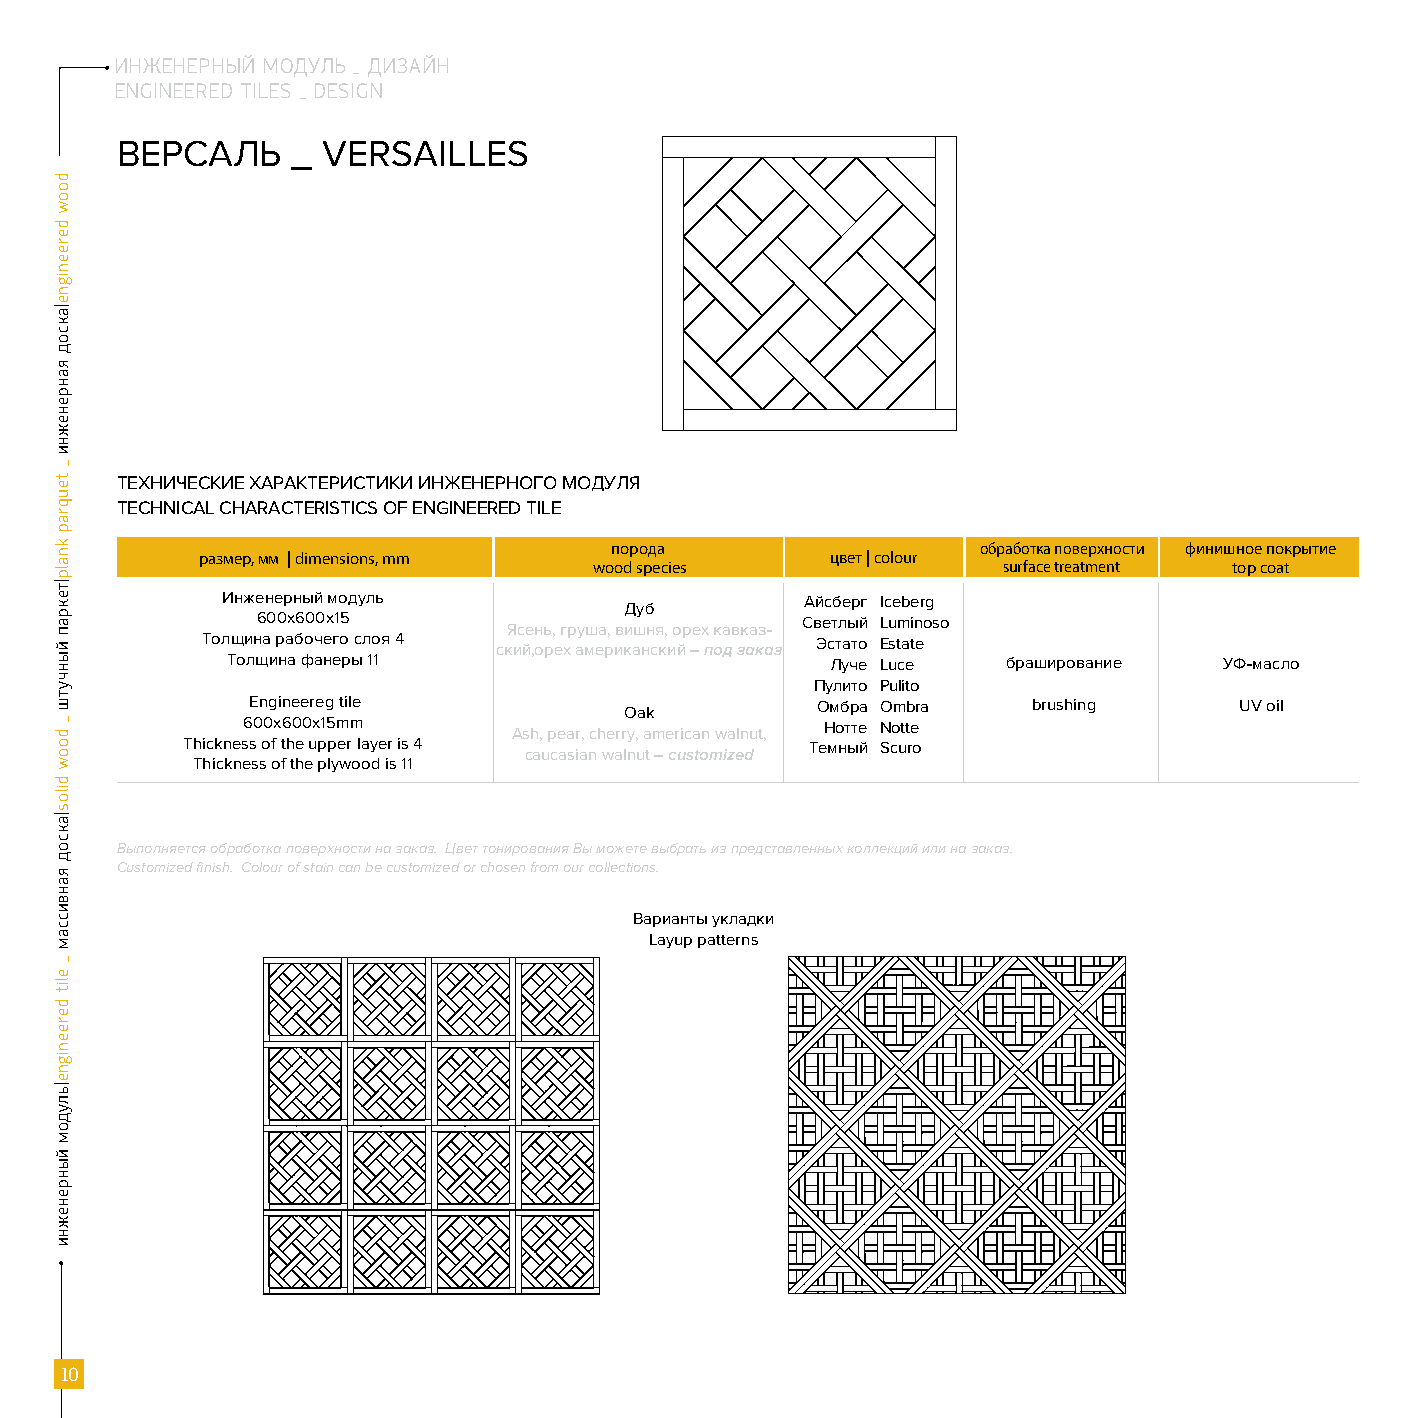
ИНЖЕНЕРНЫЙ МОДУЛЬ _ ДИЗАЙН
 ENGINEERED TILES _ DESIGN
 ВЕРСАЛЬ    _ VERSAILLES
 ТЕХНИЧЕСКИЕ ХАРАКТЕРИСТИКИ ИНЖЕНЕРНОГО МОДУЛЯ
 TECHNICAL CHARACTERISTICS OF ENGINEERED TILE
 порода                   обработка поверхности финишное покрытие
 размер, мм | dimensions, mm               цвет | colour
 wood species               surface treatment top coat
 Инженерный модуль                     Айсберг Iceberg
 Дуб
 600х600х15                          Светлый Luminoso
 Ясень, груша, вишня, орех кавказ-
 Толщина рабочего слоя 4                  Эстато Еstate
 ский,орех американский – под заказ
 Толщина фанеры 11                       Луче Luce   браширование  УФ-масло
 Пулито Pulito
 Engineereg tile                      Омбра Ombra   brushing      UV oil
 Oak
 600х600х15mm                           Нотте Notte
 Ash, pear, cherry, american walnut, Thickness of the upper layer is 4 Темный Scuro
 caucasian walnut – сustomized
 Thickness of the plywood is 11
 Выполняется обработка поверхности на заказ. Цвет тонирования Вы можете выбрать из представленных коллекций или на заказ.
 Customized finish. Colour of stain can be customized or chosen from our collections.
 Варианты укладки
 Layup patterns
 10
 doow
 dereenigne|аксод
 яанренежни
 _
 teuqrap
 knalp|текрап
 йынчутш
 _
 doow
 dilos|аксод
 яанвиссам
 _
 elit
 dereenigne|ьлудом
 йынренежни